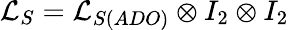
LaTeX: \mathcal{L}_{S}=\mathcal{L}_{S(ADO)}\otimes I_{2}\otimes I_{2}